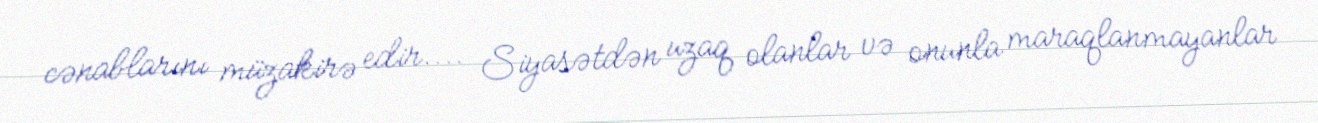
cənablarını müzakirə edir.... Siyasətdən uzaq olanlar və onunla maraqlanmayanlar